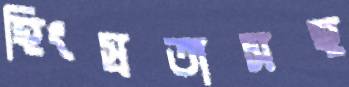
হিংস্রতাসহ